Medical and sanitary report on the native army of Bombay for the year
Year: 1879
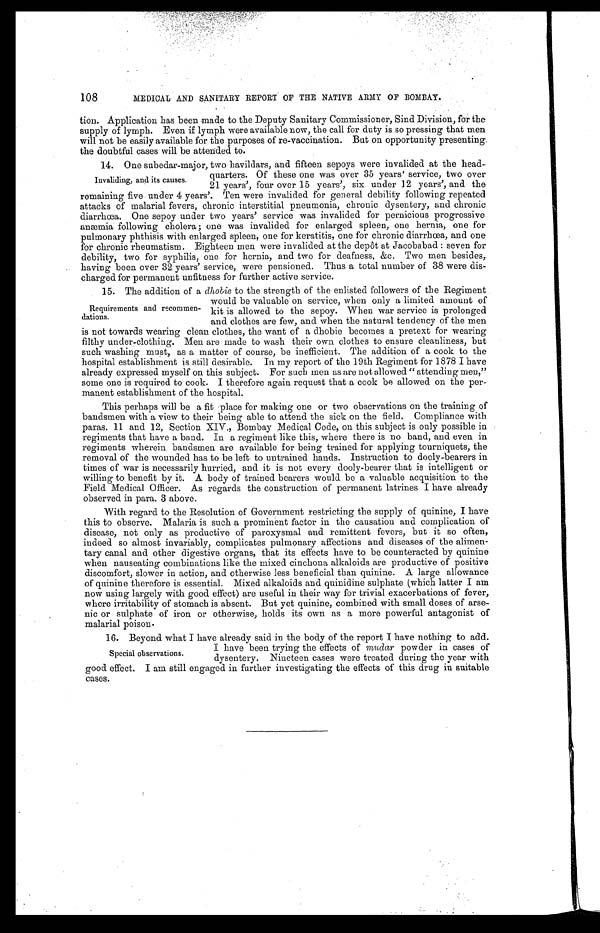
108
MEDICAL AND SANITARY REPORT OF THE NATIVE ARMY OF BOMBAY.
tion. Application has been made to the Deputy Sanitary Commissioner, Sind Division, for the
supply of lymph. Even if lymph were available now, the call for duty is so pressing that men
will not be easily available for the purposes of re-vaccination. But on opportunity presenting
the doubtful cases will be attended to.
14. One subedar-major, two havildars, and fifteen sepoys were invalided at the head-
quarters. Of these one was over 35 years' service, two over
21 years', four over 15 years', six under 12 years', and the
remaining five under 4 years'. Ten were invalided for general debility following repeated
attacks of malarial fevers, chronic interstitial pneumonia, chronic dysentery, and chronic
diarrhea. One sepoy under two years' service was invalided for pernicious progressive
anæmia following cholera; one was invalided for enlarged spleen, one hernia, one for
pulmonary phthisis with enlarged spleen, one for keratitis, one for chronic diarrhœa, and one
for chronic rheumatism. Eighteen men were invalided at the depôt at Jacobabad: seven for
debility, two for syphilis, one for hernia, and two for deafness, &c. Two men besides,
having been over 32 years' service, were pensioned. Thus a total number of 38 were dis
-charged for permanent unfitness for further active service.
15. The addition of a dhobie to the strength of the enlisted followers of the Regiment
would be valuable on service, when only a limited amount of
kit is allowed to the sepoy. When war service is prolonged
and clothes are few, and when the natural tendency of the men
is not towards wearing clean clothes, the want of a dhobie becomes a pretext for wearing
filthy under-clothing. Men are made to wash their own clothes to ensure cleanliness, but
such washing must, as a matter of course, be inefficient. The addition of a cook to the
hospital establishment is still desirable. In my report of the 19th Regiment for 1878 I have
already expressed myself on this subject. For such men as are not allowed "attending men,"
some one is required to cook. I therefore again request that a cook be allowed on the per
-manent establishment of the hospital.
This perhaps will be a fit place for making one or two observations on the training of
bandsmen with a view to their being able to attend the sick on the field. Compliance with
paras. 11 and 12, Section XIV., Bombay Medical Code, on this subject is only possible in
regiments that have a band. In a regiment like this, where there is no band, and even in
regiments wherein bandsmen are available for being trained for applying tourniquets, the
removal of the wounded has to be left to untrained hands. Instruction to dooly-bearers in
times of war is necessarily hurried, and it is not every dooly-bearer that is intelligent or
willing to benefit by it. A body of trained bearers would be a valuable acquisition to the
Field Medical Officer. As regards the construction of permanent latrines I have already
observed in para. 3 above.
With regard to the Resolution of Government restricting the supply of quinine, I have
this to observe. Malaria is such a prominent factor in the causation and complication of
disease, not only as productive of paroxysmal and remittent fevers, but it so often,
indeed so almost invariably, complicates pulmonary affections and diseases of the alimen
-tary canal and other digestive organs, that its effects have to be counteracted by quinine
when nauseating combinations like the mixed cinchona alkaloids are productive of positive
discomfort, slower in action, and otherwise less beneficial than quinine. A large allowance
of quinine therefore is essential. Mixed alkaloids and quinidine sulphate (which latter I am
now using largely with good effect) are useful in their way for trivial exacerbations of fever,
where irritability of stomach is absent. But yet quinine, combined with small doses of arse
-nic or sulphate of iron or otherwise, holds its own as a more powerful antagonist of
malarial poison.
Special observations
16. Beyond what I have al r eady sai d i n t he body of t he r epor t I have not hi ng t o add.
I have been trying the effects of mudar powder in cases of
dysentery. Nineteen cases were treated during the year with
good effect. I am still engaged in further investigating the effects of this drug in suitable
cases.
Invaliding, and its causes.
Requirements and recommen
-dations.